Scottish Leaving Certificate Examination, 1951
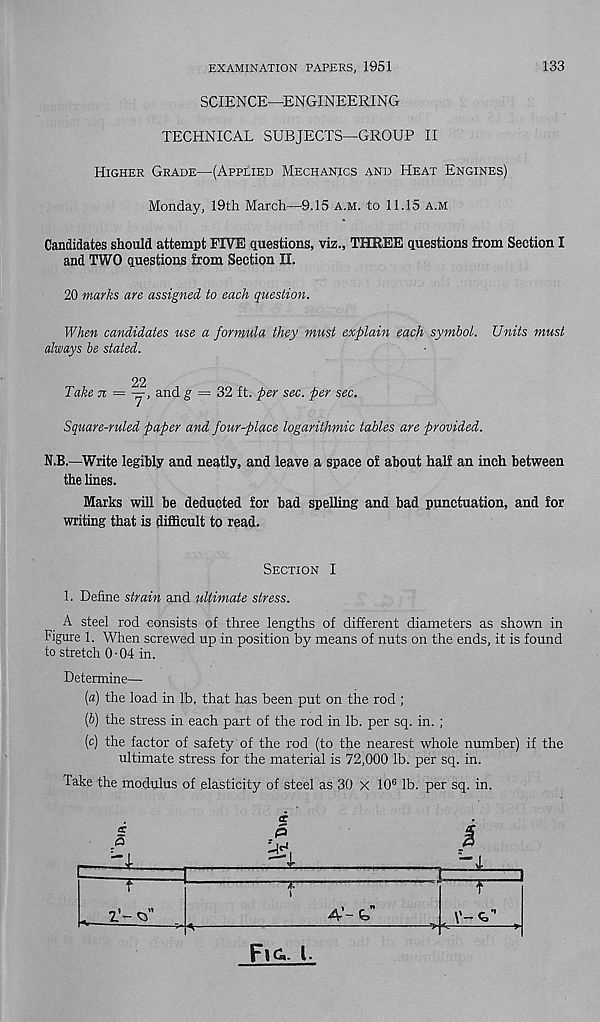
EXAMINATION PAPERS, 1951
133
SCIENCE—ENGINEERING
TECHNICAL SUBJECTS—GROUP II
Higher Grade—(Applied Mechanics and Heat Engines)
Monday, 19th March—9.15 a.m. to 11.15 a.m
Candidates should attempt FIVE questions, viz., THREE questions from Section I
and TWO questions from Section II.
20 marks are assigned to each question.
When candidates use a formula they must explain each symbol. Units must
always be stated.
22
Taken —
andg = 2>2 ft. per sec. per sec.
Square-ruled paper and four-place logarithmic tables are provided.
N.B.—Write legibly and neatly, and leave a space of about half an inch between
the lines.
Marks will be deducted for bad spelling and bad punctuation, and for
writing that is difficult to read.
Section I
1. Define strain and ultimate stress.
A steel rod consists of three lengths of different diameters as shown in
Figure 1. When screwed up in position by means of nuts on the ends, it is found
to stretch 0-04 in.
Determine—
(a) the load in lb, that has been put on the rod ;
(b) the stress in each part of the rod in lb. per sq. in. ;
(c) the factor of safety of the rod (to the nearest whole number) if the
ultimate stress for the material is 72,000 lb. per sq. in.
Take the modulus of elasticity of steel as 30 X 10 6 lb. per sq. in.
tr
Fi&. l-